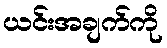
ယင်းအချက်ကို